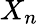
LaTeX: X_{n}